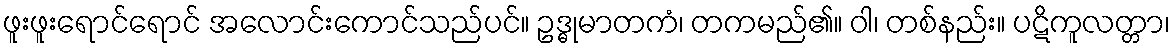
ဖူးဖူးရောင်ရောင် အလောင်းကောင်သည်ပင်။ ဥဒ္ဓုမာတကံ၊ တကမည်၏။ ဝါ၊ တစ်နည်း။ ပဋိကူလတ္တာ၊